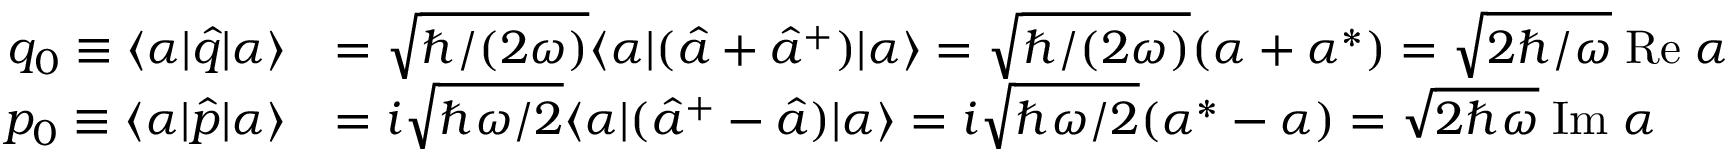
\begin{array} { r l } { q _ { 0 } \equiv \langle \alpha | \hat { q } | \alpha \rangle } & { = \sqrt { \hbar / ( 2 \omega ) } \langle \alpha | ( \hat { a } + \hat { a } ^ { + } ) | \alpha \rangle = \sqrt { \hbar / ( 2 \omega ) } ( \alpha + \alpha ^ { * } ) = \sqrt { 2 \hbar / \omega } \mathrm { \; R e } \; \alpha } \\ { p _ { 0 } \equiv \langle \alpha | \hat { p } | \alpha \rangle } & { = i \sqrt { \hbar \omega / 2 } \langle \alpha | ( \hat { a } ^ { + } - \hat { a } ) | \alpha \rangle = i \sqrt { \hbar \omega / 2 } ( \alpha ^ { * } - \alpha ) = \sqrt { 2 \hbar \omega } \mathrm { \; I m } \; \alpha } \end{array}